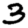
Digit: 3